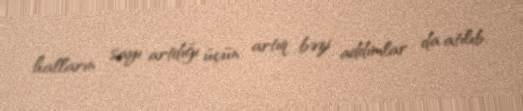
halların sayı artdığı üçün artıq bəzi addımlar da atılıb.